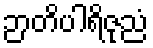
ဉာတိပါရိဇုညံ